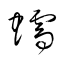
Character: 蠕